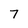
Character: 7